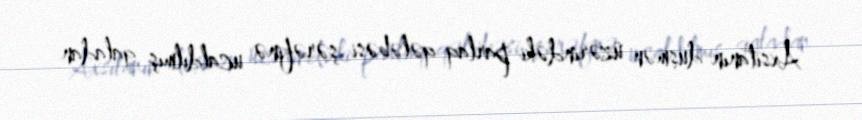
Axsitanın düşmən üzərindəki parlaq qələbəsi şərəfinə ucaldılmış qaladan